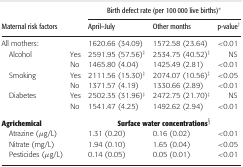
|  |  | <COLSPAN=3> Birth defect rate (per 100 000 live births)* |
 | Maternal risk factors |  | April–July | Other months | p-value† |
 | --- | --- | --- | --- | --- |
 | All mothers: |  | 1620.66 (34.09) | 1572.58 (23.64) | <0.01 |
 | Alcohol | Yes | 2591.95 (57.56)‡ | 2534.75 (40.52)‡ | NS |
 |  | No | 1465.80 (4.04) | 1425.49 (2.81) | <0.01 |
 | Smoking | Yes | 2111.56 (15.30)‡ | 2074.07 (10.56)‡ | <0.05 |
 |  | No | 1371.57 (4.19) | 1330.66 (2.89) | <0.01 |
 | Diabetes | Yes | 2502.35 (31.96)‡ | 2472.75 (21.70)‡ | NS |
 |  | No | 1541.47 (4.25) | 1492.62 (2.94) | <0.01 |
 | Agrichemical |  | <COLSPAN=3> Surface water concentrations§ |
 | Atrazine (μg/L) |  | 1.31 (0.20) | 0.16 (0.02) | <0.01 |
 | Nitrate (mg/L) |  | 1.94 (0.10) | 1.65 (0.04) | <0.05 |
 | Pesticides (μg/L) |  | 0.14 (0.05) | 0.05 (0.01) | <0.01 |